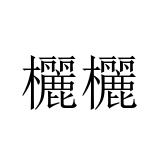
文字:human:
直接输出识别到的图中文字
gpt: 欐欐